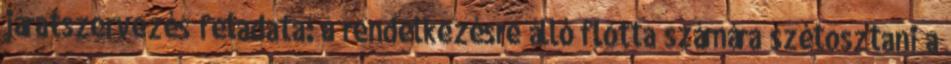
járatszervezés feladata: a rendelkezésre álló flotta számára szétosztani a